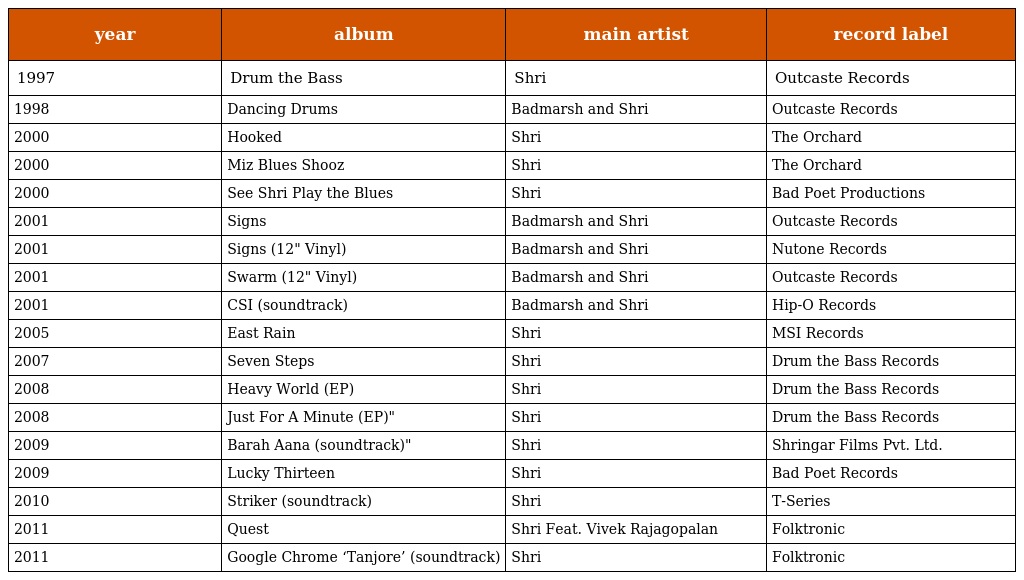
| year | album | main artist | record label |
 | --- | --- | --- | --- |
 | 1997 | Drum the Bass | Shri | Outcaste Records |
 | 1998 | Dancing Drums | Badmarsh and Shri | Outcaste Records |
 | 2000 | Hooked | Shri | The Orchard |
 | 2000 | Miz Blues Shooz | Shri | The Orchard |
 | 2000 | See Shri Play the Blues | Shri | Bad Poet Productions |
 | 2001 | Signs | Badmarsh and Shri | Outcaste Records |
 | 2001 | Signs (12" Vinyl) | Badmarsh and Shri | Nutone Records |
 | 2001 | Swarm (12" Vinyl) | Badmarsh and Shri | Outcaste Records |
 | 2001 | CSI (soundtrack) | Badmarsh and Shri | Hip-O Records |
 | 2005 | East Rain | Shri | MSI Records |
 | 2007 | Seven Steps | Shri | Drum the Bass Records |
 | 2008 | Heavy World (EP) | Shri | Drum the Bass Records |
 | 2008 | Just For A Minute (EP)" | Shri | Drum the Bass Records |
 | 2009 | Barah Aana (soundtrack)" | Shri | Shringar Films Pvt. Ltd. |
 | 2009 | Lucky Thirteen | Shri | Bad Poet Records |
 | 2010 | Striker (soundtrack) | Shri | T-Series |
 | 2011 | Quest | Shri Feat. Vivek Rajagopalan | Folktronic |
 | 2011 | Google Chrome ‘Tanjore’ (soundtrack) | Shri | Folktronic |